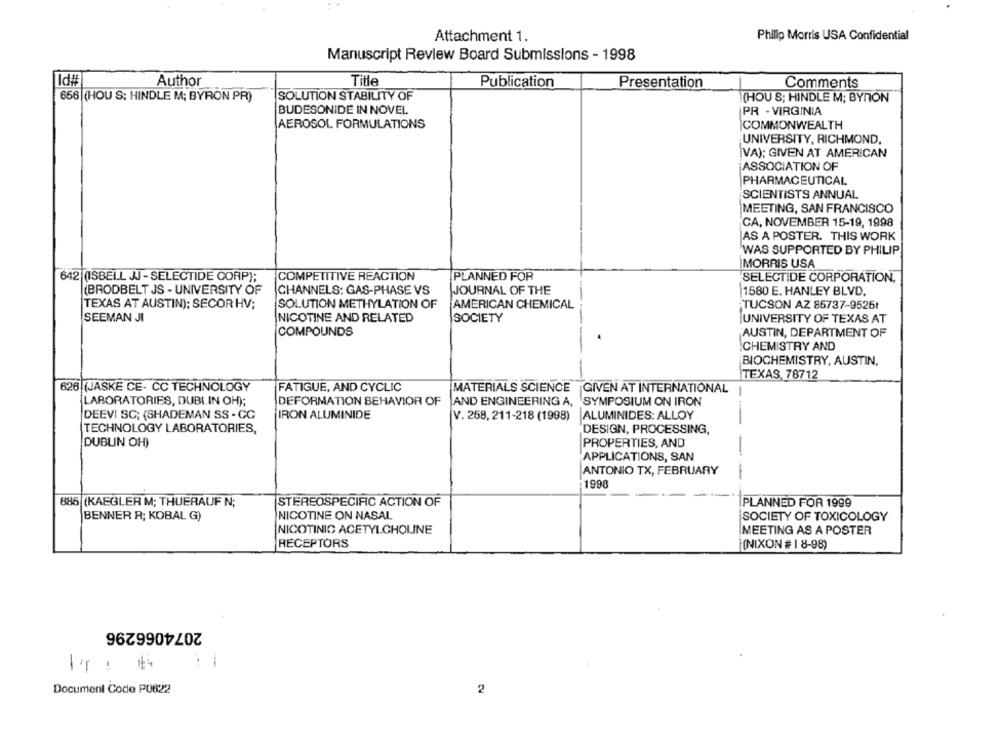
Attachment 1.
Philip Morris USA Confidential
Manuscript Review Board Submissions - 1998
Id#
Author
Title
Publication
Presentation
Comments
SOLUTION STABILITY OF
656 (HOU S; HINDLE M; BYRON PR)
(HOU S; HINDLE M; BYNON
BUDESONIDE IN NOVEL.
PR - VIRGINIA
AEROSOL FORMULATIONS
COMMONWEALTH
UNIVERSITY, RICHMOND,
IVA); GIVEN AT AMERICAN
ASSOCIATION OF
PHARMACEUTICAL
SCIENTISTS ANNUAL
MEETING, SAN FRANCISCO
CA, NOVEMBER 15-19, 1998
AS A POSTER. THIS WORK
WAS SUPPORTED BY PHILIP
MORRIS USA
642 (ISBELL JJ- SELECTIDE CORP);
COMPETITIVE REACTION
PLANNED FOR
SELECTIDE CORPORATION,
CHANNELS: GAS-PHASE VS
(BRODBELT JS - UNIVERSITY OF
JOURNAL OF THE
1580 E. HANLEY BLVD.
SOLUTION METHYLATION OF
TUCSON AZ 85737-95261
TEXAS AT AUSTIN): SECOR HV;
AMERICAN CHEMICAL
SEEMAN JI
NICOTINE AND RELATED
SOCIETY
UNIVERSITY OF TEXAS AT
COMPOUNDS
AUSTIN, DEPARTMENT OF
CHEMISTRY AND
BIOCHEMISTRY, AUSTIN,
TEXAS, 78712
626 (JASKE CE- CC TECHNOLOGY
FATIGUE, AND CYCLIC
MATERIALS SCIENCE GIVEN AT INTERNATIONAL
LABORATORIES, DUBLIN OH);
DEFORMATION BEHAVIOR OF
AND ENGINEERING A, SYMPOSIUM ON IRON
DEEVI SC; (SHADEMAN SS - CC
IRON ALUMINIDE
V. 258, 211-218 (1998)
ALUMINIDES: ALLOY
TECHNOLOGY LABORATORIES,
DESIGN, PROCESSING,
DUBLIN OH)
PROPERTIES, AND
-
APPLICATIONS, SAN
ANTONIO TX, FEBRUARY
1990
885 (KAEGLER M; THUERAUF N;
STEREOSPECIFIC ACTION OF
PLANNED FOR 1999
BENNER R; KOBAL G)
NICOTINE ON NASAL
SOCIETY OF TOXICOLOGY
NICOTINIC ACETYLCHOLINE
MEETING AS A POSTER
RECEPTORS
(NIXON # 1 8-98)
2074066296
-
Document Code P0622
2